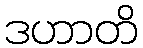
ဒဟာတိ